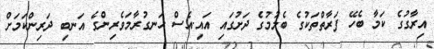
އިރާގުގެ ކަމާ ބެހޭ ފަރާތްތަކުގެ ބެލުމުގެ ދަށުގައި އައި.އެސް ހަނގުރާމަވެރިންގެ އަނބި ދަރިންކަމަށް